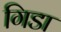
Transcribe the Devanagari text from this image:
गिडा